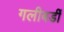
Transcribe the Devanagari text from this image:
गलीबर्डी